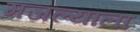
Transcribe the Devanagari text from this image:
मजल्याला